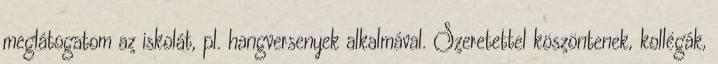
meglátogatom az iskolát, pl. hangversenyek alkalmával. Szeretettel köszöntenek, kollégák,